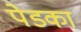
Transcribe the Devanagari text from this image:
पेडका